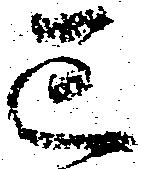
已